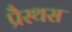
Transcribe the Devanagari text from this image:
प्रैस्थस